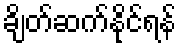
ချိတ်ဆက်နိုင်ရန်